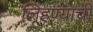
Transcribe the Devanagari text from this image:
लिहण्याची